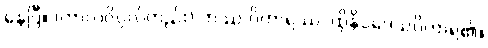
နေပြီ။ (ကာလဝိပ္ပလ်တည်း) တဿ ဝိဟာရဿ၊ ထိုနိပ္ပဒေသဝိဟာရ၏။